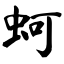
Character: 蚵